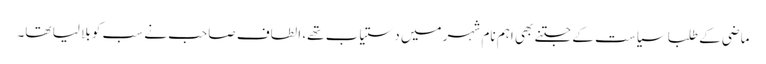
ماضی کے طلبا سیاست کے جتنے بھی اہم نام شہر میں دستیاب تھے، الطاف صاحب نے سب کو بلا لیا تھا۔